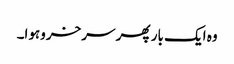
وہ ایک بار پھر سرخروہوا۔